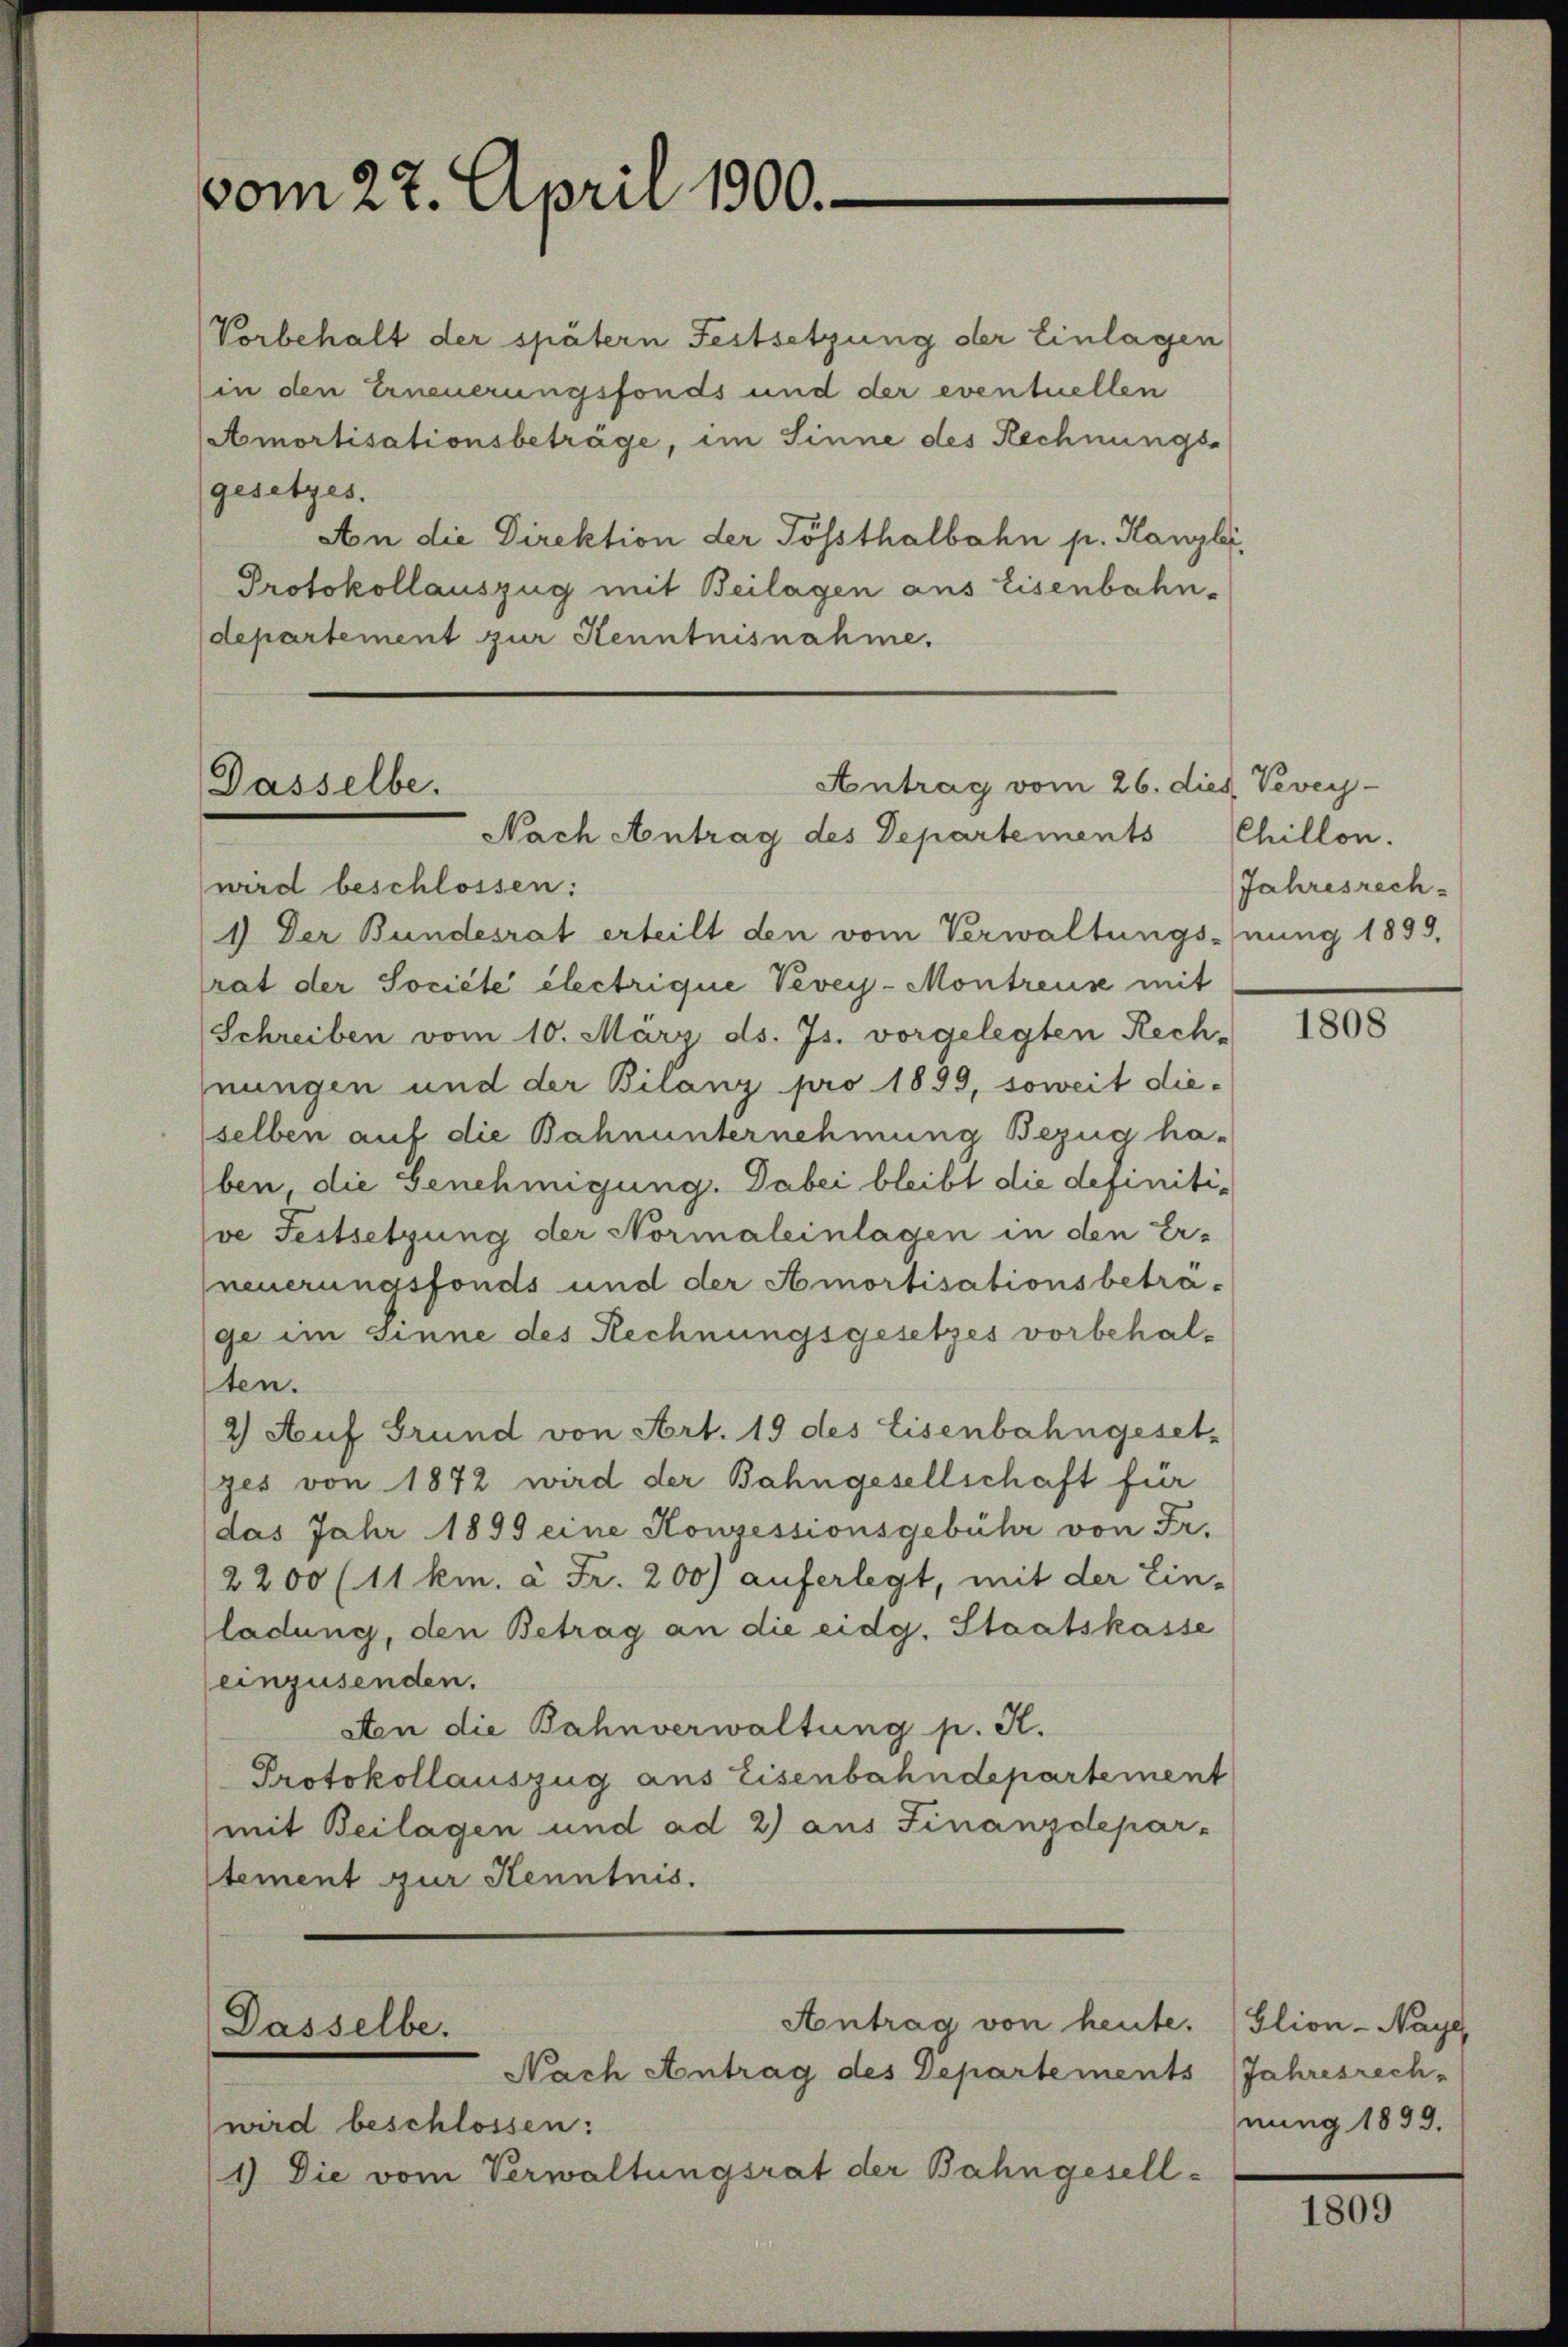
vom 22. April 1900.

Vorbehalt der spätern Festsetzung der Einlagen
(in den Erneuerungsfonds und der eventuellen
Amortisationsbeträge, im Sinne des Rechnungs-
gesetzes.
An die Direktion der Tößsthalbahn p. Kanzlei,
Protokollauszug mit Beilagen aus Eisenbahn-
departement zur Kenntnisnahme.

Antrag vom 26. dies Vevey-
Passelbe.

Nach Antrag des Departements
wird beschlossen:
1) Der Bundesrat erteilt den vom Verwaltungs-nung 1899.
rat der Société électrique Vevey-Montreuse mit
Schreiben vom 10. März ds. Js. vorgelegten Rech-
nungen und der Bilanz pro 1899, soweit die-
selben auf die Bahnunternehmung Bezug haben, die Genehmigung. Dabei bleibt die definitive Festsetzung der Normaleinlagen in den Erneuerungsfonds und der Amortisationsbeträge im Sinne des Rechnungsgesetzes vorbehalten.
2) Auf Grund von Art. 19 des Eisenbahngesetz
ges von 1872 wird der Bahngesellschaft für
das Jahr 1899 eine Konsessionsgebühr von Fr.
2200 (11 km. à Fr. 200) auferlegt, mit der Ein-
ladung, den Betrag an die eidg. Staatskasse
einzusenden.
sten die Bahnverwaltung p. K.
Protokollauszug aus Eisenbahndepartement
(mit Beilagen und ad 2) aus Finanzdepar-
stement zur Kenntnis.

Antrag von heute.
Dasselbe.
Nach Antrag des Departements Jahresrech-

wird beschlossen:
1) Die vom Verwaltungsrat der Bahngesell¬

Chillon.
Jahresrech

1808

Glion-Naye,
nung 1899.

1809